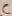
Text: C